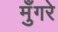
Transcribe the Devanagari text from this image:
मुँगरे